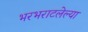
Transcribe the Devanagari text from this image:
भरभराटलेल्या